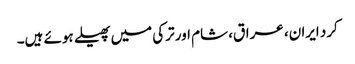
کرد ایران، عراق، شام اور ترکی میں پھیلے ہوئے ہیں۔